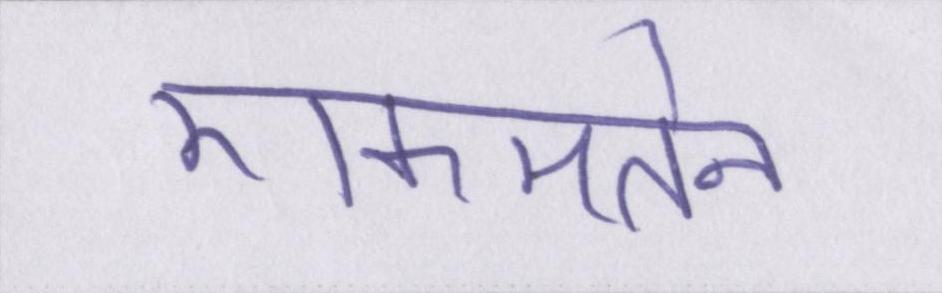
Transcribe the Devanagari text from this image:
एकमतेन